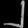
Digit: ၂